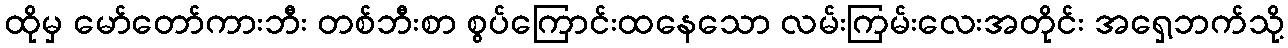
ထိုမှ မော်တော်ကားဘီး တစ်ဘီးစာ စွပ်ကြောင်းထနေသော လမ်းကြမ်းလေးအတိုင်း အရှေ့ဘက်သို့